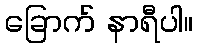
ခြောက် နာရီပါ။